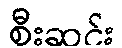
စီးဆင်း